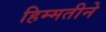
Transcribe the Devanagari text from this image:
हिम्मतीने